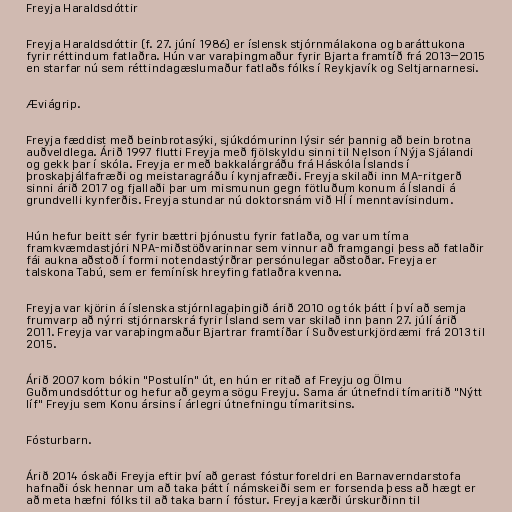
Freyja Haraldsdóttir

Freyja Haraldsdóttir (f. 27. júní 1986) er íslensk stjórnmálakona og baráttukona
fyrir réttindum fatlaðra. Hún var varaþingmaður fyrir Bjarta framtíð frá 2013–2015
en starfar nú sem réttindagæslumaður fatlaðs fólks í Reykjavík og Seltjarnarnesi.

Æviágrip.

Freyja fæddist með beinbrotasýki, sjúkdómurinn lýsir sér þannig að bein brotna
auðveldlega. Árið 1997 flutti Freyja með fjölskyldu sinni til Nelson í Nýja Sjálandi
og gekk þar í skóla. Freyja er með bakkalárgráðu frá Háskóla Íslands í
þroskaþjálfafræði og meistaragráðu í kynjafræði. Freyja skilaði inn MA-ritgerð
sinni árið 2017 og fjallaði þar um mismunun gegn fötluðum konum á Íslandi á
grundvelli kynferðis. Freyja stundar nú doktorsnám við HÍ í menntavísindum.

Hún hefur beitt sér fyrir bættri þjónustu fyrir fatlaða, og var um tíma
framkvæmdastjóri NPA-miðstöðvarinnar sem vinnur að framgangi þess að fatlaðir
fái aukna aðstoð í formi notendastýrðrar persónulegar aðstoðar. Freyja er
talskona Tabú, sem er femínísk hreyfing fatlaðra kvenna.

Freyja var kjörin á íslenska stjórnlagaþingið árið 2010 og tók þátt í því að semja
frumvarp að nýrri stjórnarskrá fyrir Ísland sem var skilað inn þann 27. júlí árið
2011. Freyja var varaþingmaður Bjartrar framtíðar í Suðvesturkjördæmi frá 2013 til
2015.

Árið 2007 kom bókin "Postulín" út, en hún er ritað af Freyju og Ölmu
Guðmundsdóttur og hefur að geyma sögu Freyju. Sama ár útnefndi tímaritið "Nýtt
líf" Freyju sem Konu ársins í árlegri útnefningu tímaritsins.

Fósturbarn.

Árið 2014 óskaði Freyja eftir því að gerast fósturforeldri en Barnaverndarstofa
hafnaði ósk hennar um að taka þátt í námskeiði sem er forsenda þess að hægt er
að meta hæfni fólks til að taka barn í fóstur. Freyja kærði úrskurðinn til